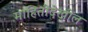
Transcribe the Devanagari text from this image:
माहितीदेखील